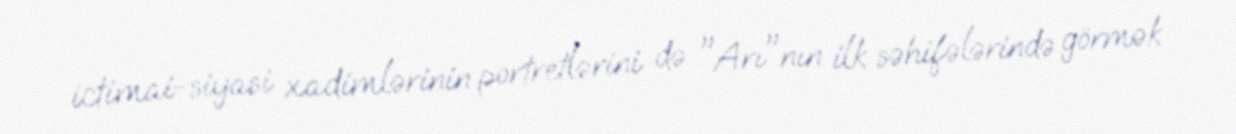
ictimai-siyasi xadimlərinin portretlərini də "Arı"nın ilk səhifələrində görmək